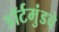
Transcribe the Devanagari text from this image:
डॉर्टमुंडचे